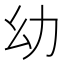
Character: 幼